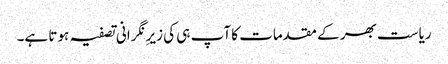
ریاست بھر کے مقدمات کا آپ ہی کی زیرِ نگرانی تصفیہ ہوتا ہے۔